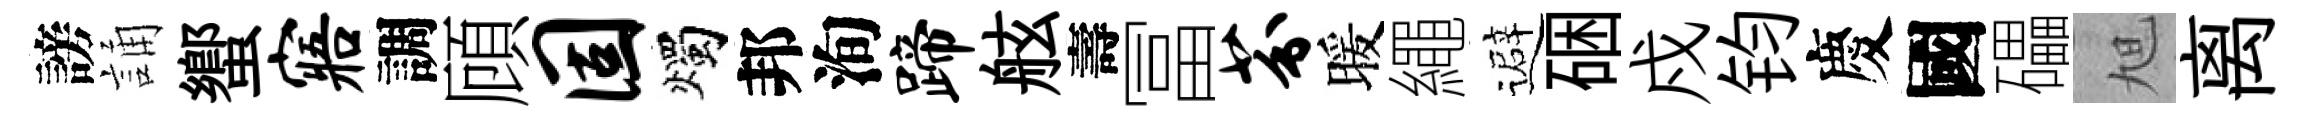
謗誦蠁寤調頋固燭邦洵蹄舷壽冨芬暖繩避硱戍钧慶國礧旭离